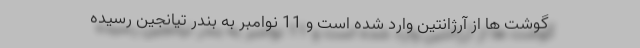
گوشت ها از آرژانتین وارد شده است و 11 نوامبر به بندر تیانجین رسیده